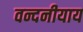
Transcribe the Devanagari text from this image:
वन्दनीयाय